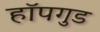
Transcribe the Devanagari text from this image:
हॉपगुड